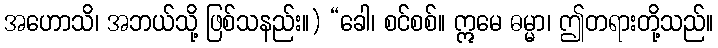
အဟောသိ၊ အဘယ်သို့ ဖြစ်သနည်း။) “ခေါ၊ စင်စစ်။ ဣမေ ဓမ္မာ၊ ဤတရားတို့သည်။